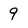
Character: 9